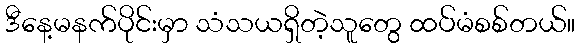
ဒီနေ့မနက်ပိုင်းမှာ သံသယရှိတဲ့သူတွေ ထပ်မံစစ်တယ်။